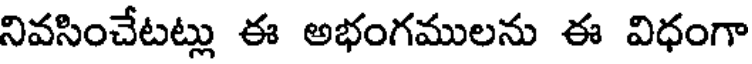
నివసించేటట్లు ఈ అభంగములను ఈ విధంగా